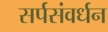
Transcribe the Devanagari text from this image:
सर्पसंवर्धन